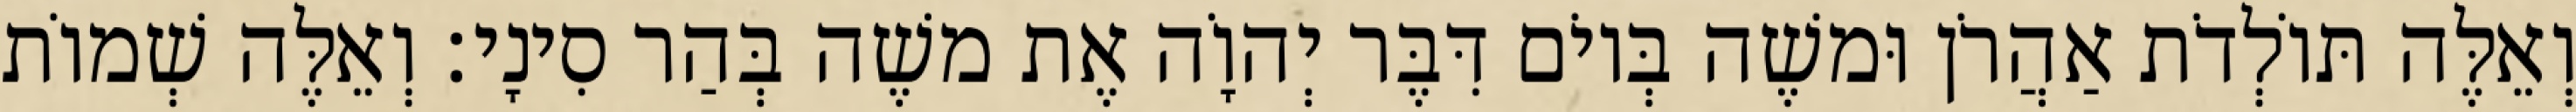
וְאֵלֶּה תּוֹלְדֹת אַהֲרֹן וּמשֶׁה בְּיוֹם דִּבֶּר יְהוָֹה אֶת משֶׁה בְּהַר סִינָי׃ וְאֵלֶּה שְׁמוֹת